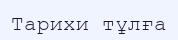
Тарихи тұлға